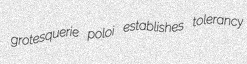
grotesquerie poloi establishes tolerancy